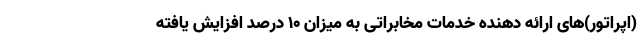
(اپراتور)های ارائه دهنده خدمات مخابراتی به میزان ۱۰ درصد افزایش یافته